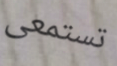
تستمعى